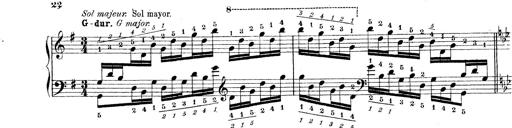
Title: Technische Studien
Composer: Franz Liszt